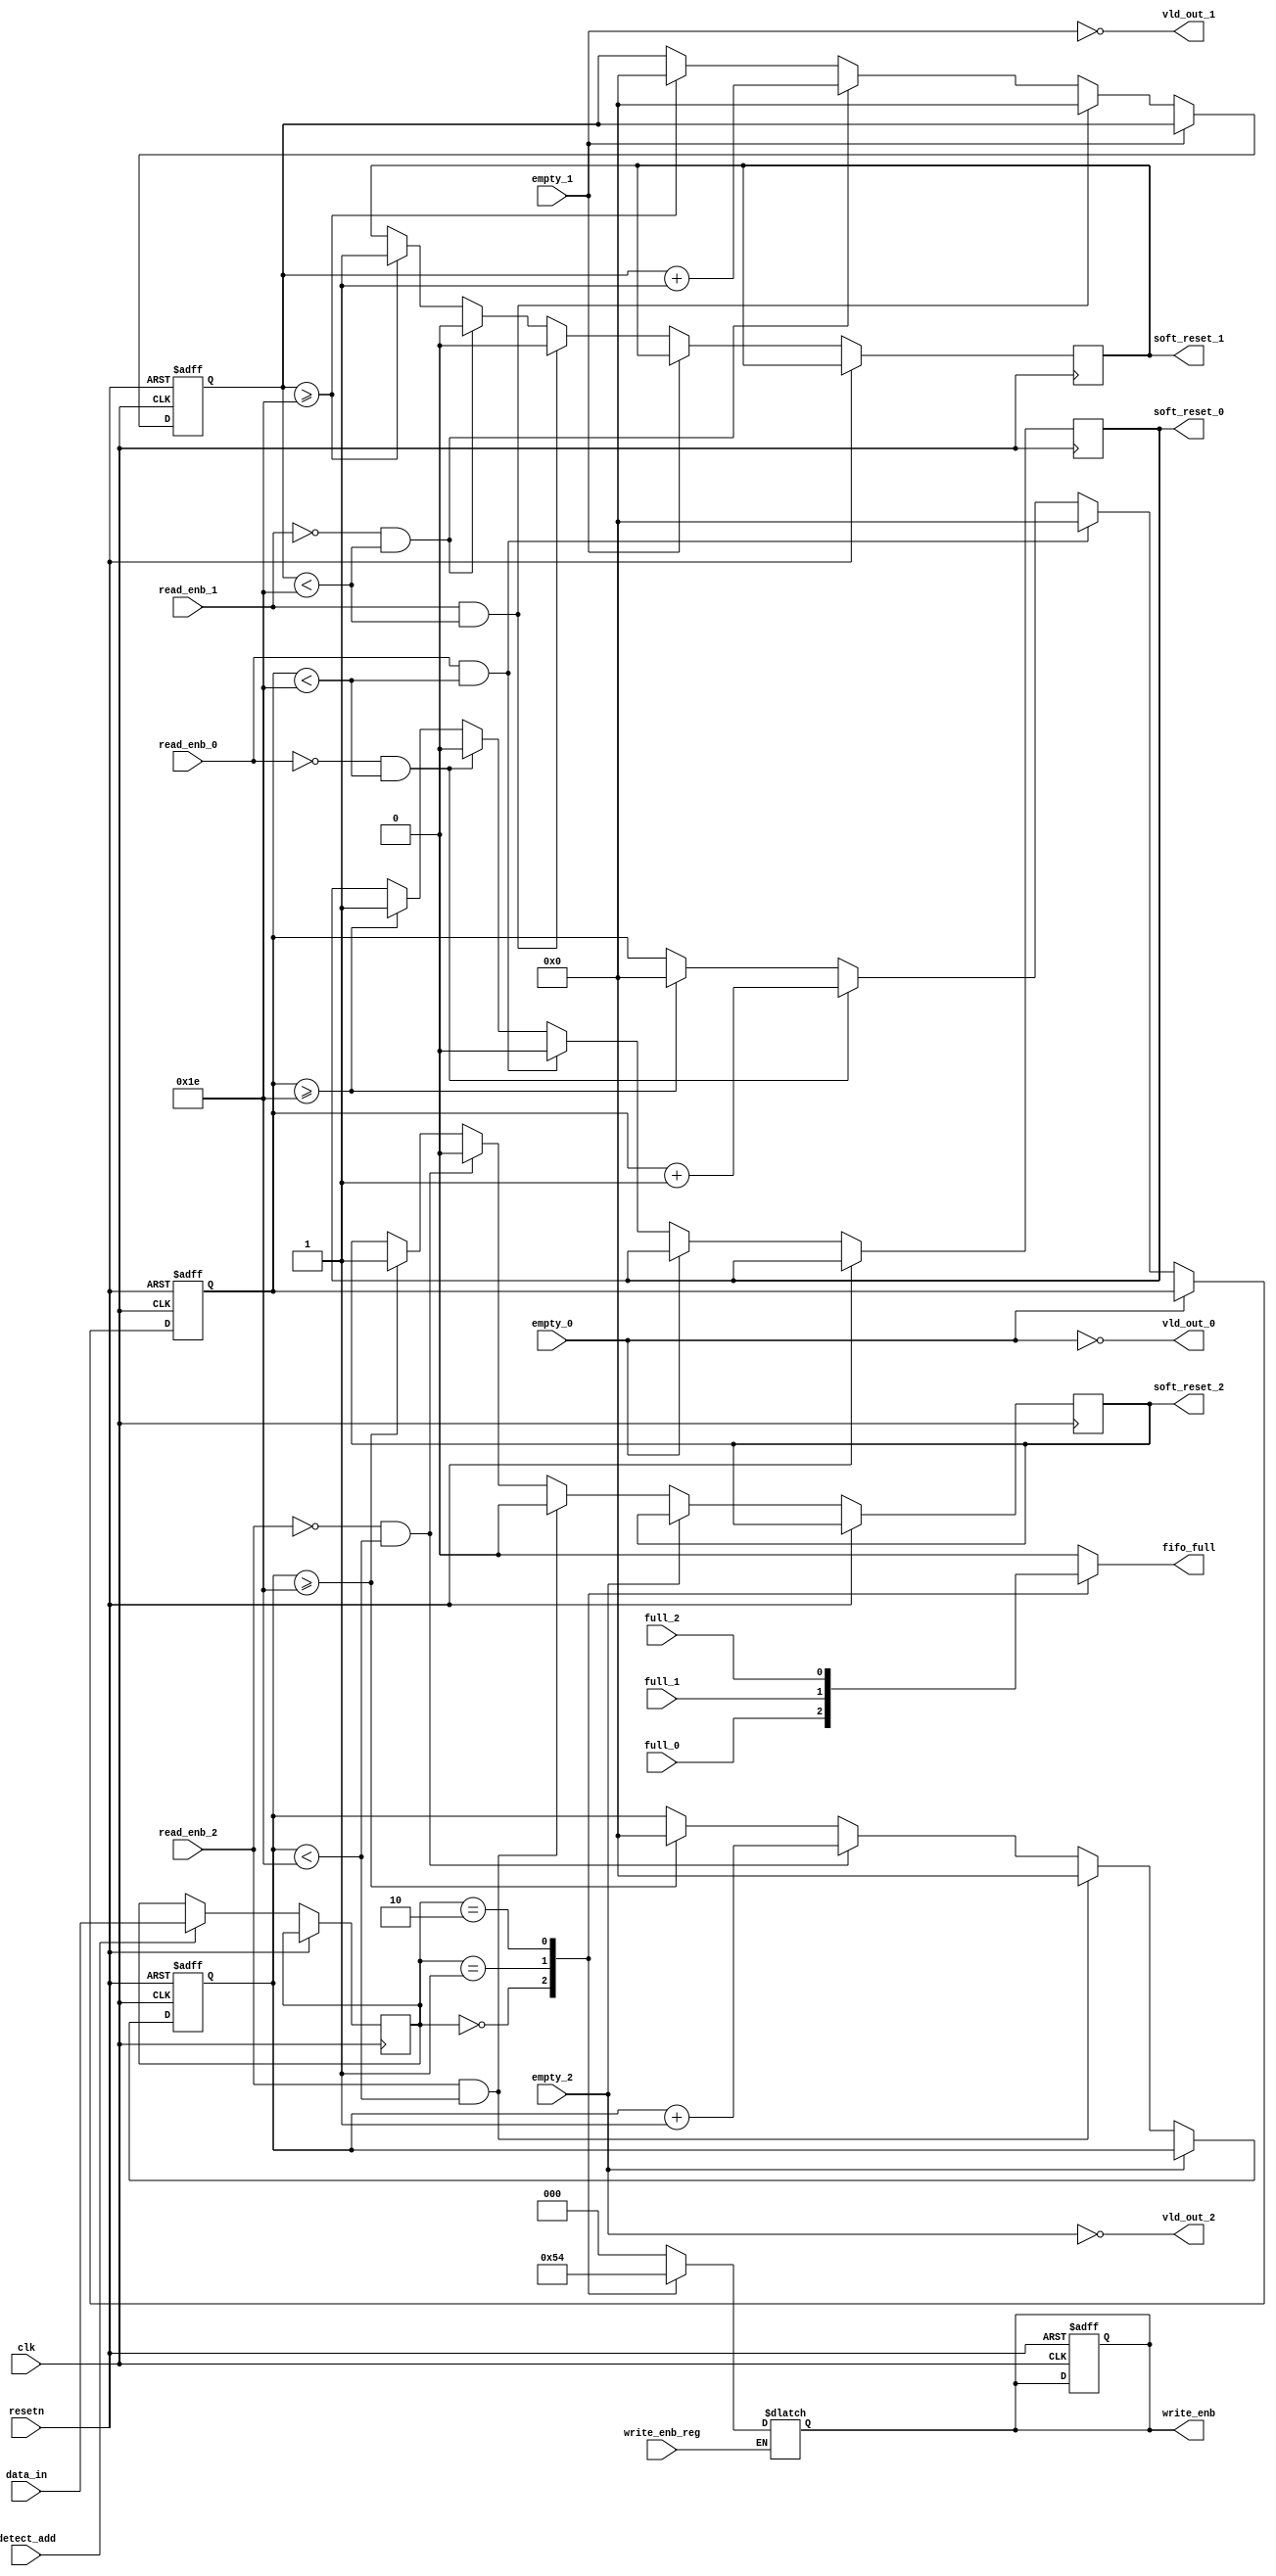
// Module : Synchronizer
// Name: G.Shivanesh

module router_syn (
    input clk,resetn,detect_add,full_0,full_1,full_2,empty_0,empty_1,empty_2,write_enb_reg,read_enb_0,read_enb_1,read_enb_2, input [1:0]data_in,
    output reg fifo_full,soft_reset_0,soft_reset_1,soft_reset_2,output reg [2:0]write_enb, output vld_out_0,vld_out_1,vld_out_2
);
    reg [1:0]temp;
    integer count_0,count_1,count_2;

    assign vld_out_0 = ~(empty_0);
    assign vld_out_1 = ~(empty_1);
    assign vld_out_2 = ~(empty_2);

    always @(posedge clk, posedge resetn) begin
        if(resetn) begin
            count_0 <= 0;
            count_1 <= 0;
            count_2 <= 0;
            write_enb <= 3'b0;
        end
        else begin
            if(detect_add) begin
                temp <= data_in;
            end

            // For soft_reset_0
            if(vld_out_0) begin
                if(read_enb_0 == 1'b1 && count_0 < 30) 
                begin
                    count_0 <= 0;
                    soft_reset_0 <= 0;
                end    
                else if(read_enb_0 != 1'b1 && count_0 < 30) begin
                    count_0 <= count_0 + 1'b1;
                    soft_reset_0 <= 0;
                end
                else if(count_0 >= 30) begin
                    soft_reset_0 <= 1;
                    count_0 <= 0;
                end
                end

            // For soft_reset_1
            if(vld_out_1) begin
                if(read_enb_1 == 1'b1 && count_1 < 30) 
                begin
                    count_1 <= 0;
                    soft_reset_1 <= 0;
                end    
                else if(read_enb_1 != 1'b1 && count_1 < 30) begin
                    count_1 <= count_1 + 1'b1;
                    soft_reset_1 <= 0;
                end
                else if(count_1 >= 30) begin
                    soft_reset_1 <= 1;
                    count_1 <= 0;
                end
                end


                // For soft_reset_2
                if(vld_out_2) begin
                if(read_enb_2 == 1'b1 && count_2 < 30) 
                begin
                    count_2 <= 0;
                    soft_reset_2 <= 0;
                end    
                else if(read_enb_2 != 1'b1 && count_2 < 30) begin
                    count_2 <= count_2 + 1'b1;
                    soft_reset_2 <= 0;
                end
                else if(count_2 >= 30) begin
                    soft_reset_2 <= 1;
                    count_2 <= 0;
                end
                end
            end 
        end

    // For FIFO Full output
    always @(*) begin
        case (temp)
            2'b00: fifo_full = full_0;
            2'b01: fifo_full = full_1;
            2'b10: fifo_full = full_2; 
            default: fifo_full = 1'b0;
        endcase
    end

    // For Write_enb output
    always @(*) begin
        if(write_enb_reg)begin
            case (temp)
            2'b00: write_enb = 3'b001;
            2'b01: write_enb = 3'b010;
            2'b10: write_enb = 3'b100; 
            default: write_enb = 3'b000;
        endcase
        end
    end

endmodule